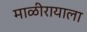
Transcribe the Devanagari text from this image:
माळीरायाला